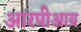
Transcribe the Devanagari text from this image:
आरपीआय